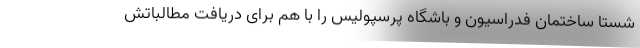
شستا ساختمان فدراسیون و باشگاه پرسپولیس را با هم برای دریافت مطالباتش